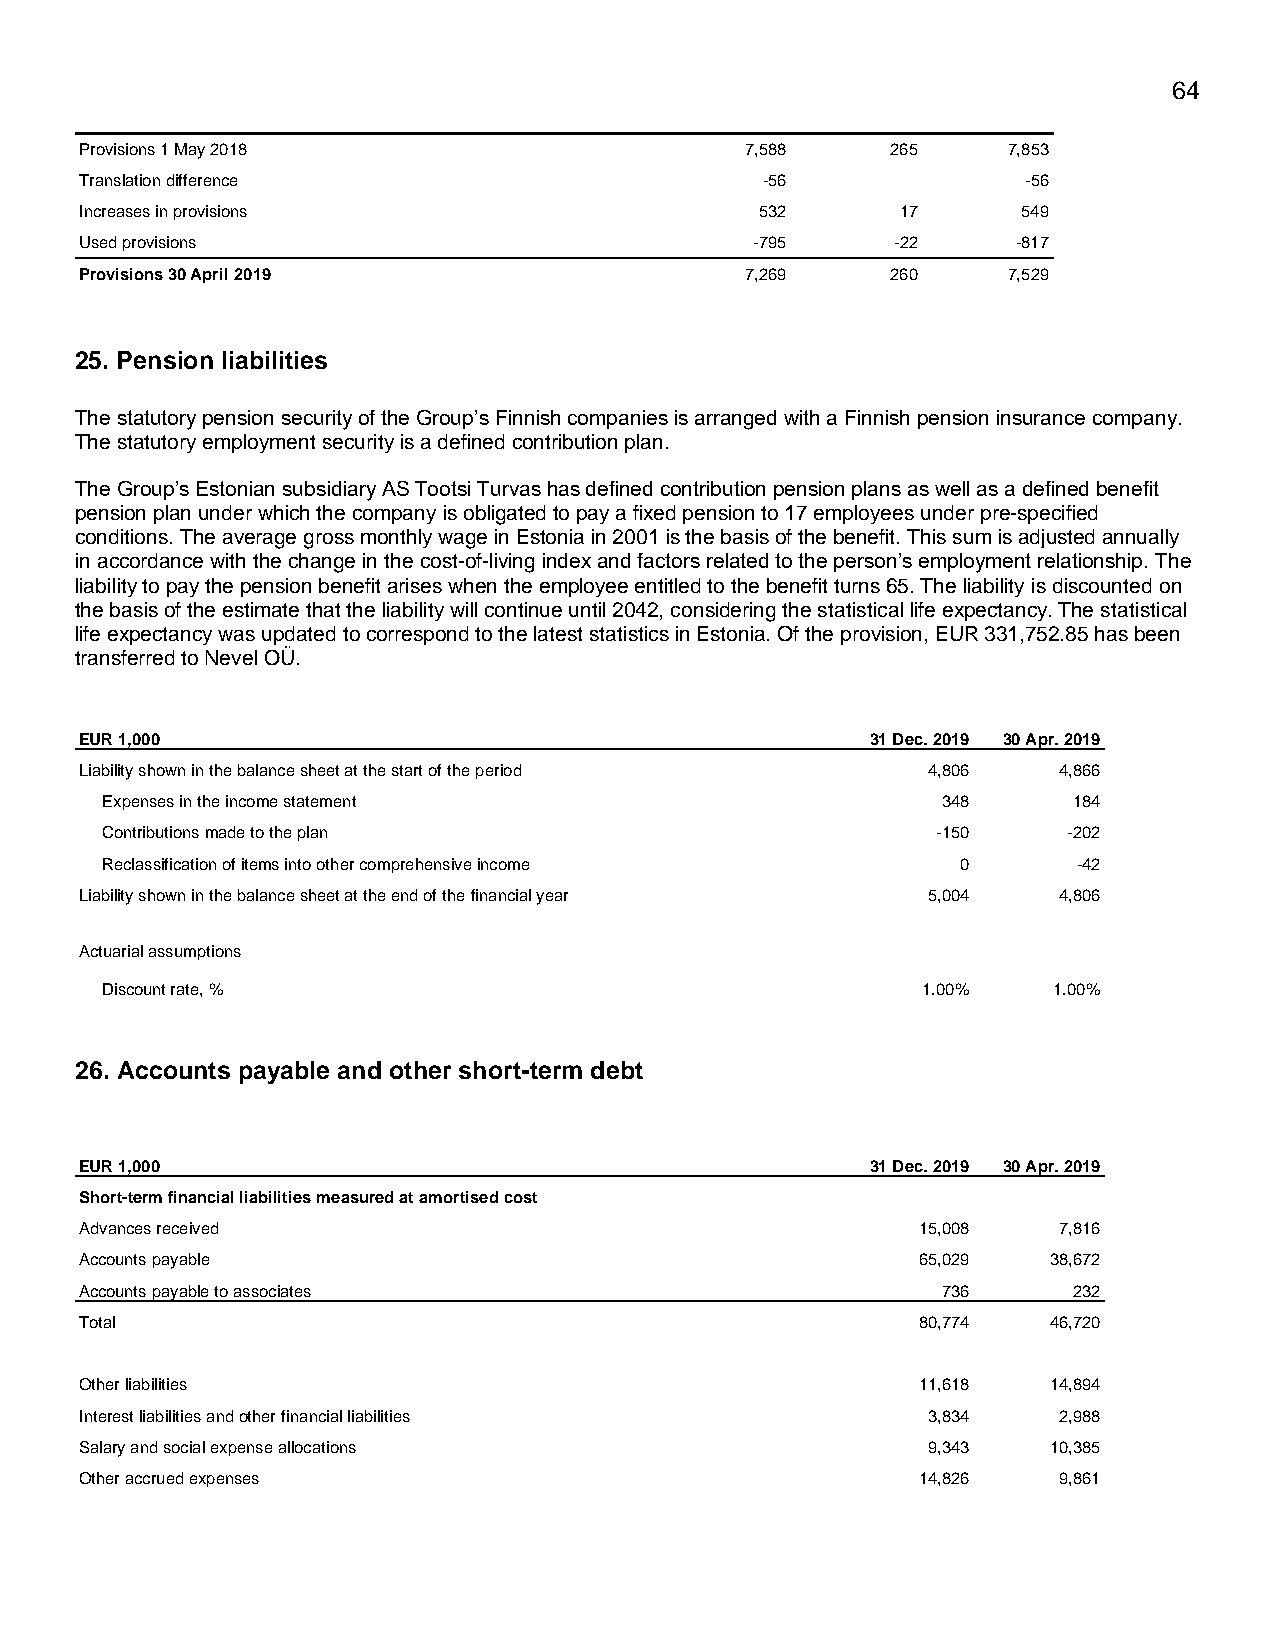
64
 Provisions 1 May 2018                       7,588     265     7,853
 Translation difference                        -56              -56
 Increases in provisions                      532       17      549
 Used provisions                              -795     -22     -817
 Provisions 30 April 2019                    7,269     260     7,529
 25. Pension liabilities
 The statutory pension security of the Group’s Finnish companies is arranged with a Finnish pension insurance company.
 The statutory employment security is a defined contribution plan.
 The Group’s Estonian subsidiary AS Tootsi Turvas has defined contribution pension plans as well as a defined benefit
 pension plan under which the company is obligated to pay a fixed pension to 17 employees under pre-specified
 conditions. The average gross monthly wage in Estonia in 2001 is the basis of the benefit. This sum is adjusted annually
 in accordance with the change in the cost-of-living index and factors related to the person’s employment relationship. The
 liability to pay the pension benefit arises when the employee entitled to the benefit turns 65. The liability is discounted on
 the basis of the estimate that the liability will continue until 2042, considering the statistical life expectancy. The statistical
 life expectancy was updated to correspond to the latest statistics in Estonia. Of the provision, EUR 331,752.85 has been
 transferred to Nevel OÜ.
 EUR 1,000                                            31 Dec. 2019 30 Apr. 2019
 Liability shown in the balance sheet at the start of the period 4,806 4,866
 Expenses in the income statement                       348      184
 Contributions made to the plan                         -150     -202
 Reclassification of items into other comprehensive income 0     -42
 Liability shown in the balance sheet at the end of the financial year 5,004 4,806
 Actuarial assumptions
 Discount rate, %                                      1.00%    1.00%
 26. Accounts payable and other short-term debt
 EUR 1,000                                            31 Dec. 2019 30 Apr. 2019
 Short-term financial liabilities measured at amortised cost
 Advances received                                       15,008   7,816
 Accounts payable                                        65,029   38,672
 Accounts payable to associates                           736      232
 Total                                                   80,774   46,720
 Other liabilities                                       11,618   14,894
 Interest liabilities and other financial liabilities    3,834    2,988
 Salary and social expense allocations                   9,343    10,385
 Other accrued expenses                                  14,826   9,861